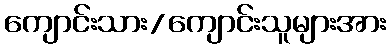
ကျောင်းသား/ကျောင်းသူများအား